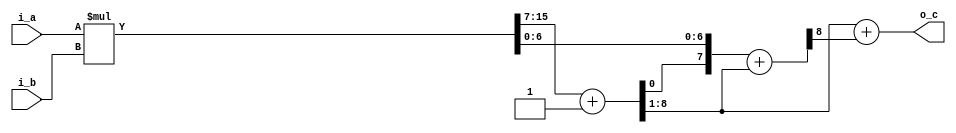
module fm_3d_imul8 (
    i_a,
    i_b,
    o_c
);

////////////////////////////
// I/O definition
////////////////////////////
    input  [7:0]  i_a;
    input  [7:0]  i_b;
    output [7:0]  o_c;

///////////////////////////////////////////
//  wire 
///////////////////////////////////////////
    wire   [15:0] w_m0;
    wire   [15:0] w_m1;
    wire   [8:0]  w_carry;
    wire   [7:0]  w_c;
///////////////////////////////////////////
//  assign
///////////////////////////////////////////
    assign w_m0 = i_a * i_b;
    //assign w_m1 = w_m0 + 8'd128;  // original code
    assign w_m1[6:0] = w_m0[6:0];
    assign w_m1[15:7] = w_m0[15:7] + 1'b1;
    assign w_carry = w_m1[7:0] + w_m1[15:8];
    assign w_c = w_m1[15:8] + w_carry[8];
    assign o_c = w_c;

endmodule